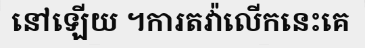
នៅឡើយ ។ការតវ៉ាលើកនេះគេ